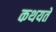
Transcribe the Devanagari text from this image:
कथयते